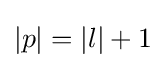
|p|=|l|+1